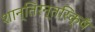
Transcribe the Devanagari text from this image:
शान्तिरन्तरिक्षँ